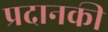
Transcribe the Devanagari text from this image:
प्रदानकी